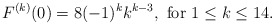
\begin{align*}F^{(k)}(0)=8(-1)^k k^{k-3},\ \mbox{for}\ 1\leq k\leq 14.\end{align*}